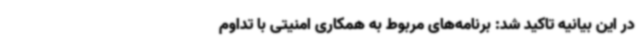
در این بیانیه تاکید شد: برنامه‌های مربوط به همکاری امنیتی با تداوم